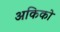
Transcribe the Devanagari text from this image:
अकिको